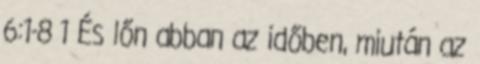
6:1-8 1 És lőn abban az időben, miután az